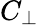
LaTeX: C_{\perp}